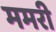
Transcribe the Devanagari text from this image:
ममरी